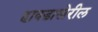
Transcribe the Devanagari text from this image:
हावडाखेरील